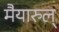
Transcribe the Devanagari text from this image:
मैयारुल्